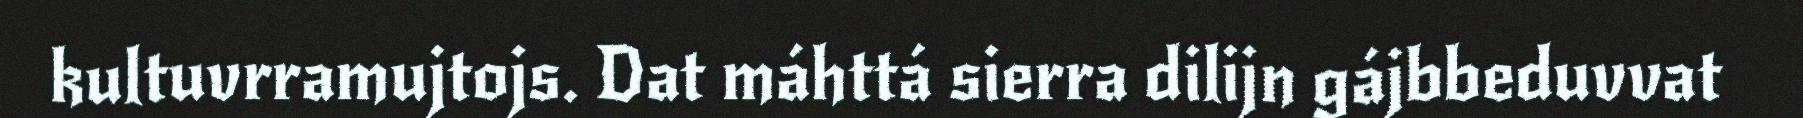
kultuvrramujtojs. Dat máhttá sierra dilijn gájbbeduvvat